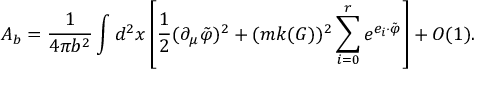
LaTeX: { \cal A } _ { b } = \frac { 1 } { 4 \pi b ^ { 2 } } \int d ^ { 2 } x \left[ \frac 1 { 2 } ( \partial _ { \mu } \tilde { \varphi } ) ^ { 2 } + ( m k ( G ) ) ^ { 2 } \sum _ { i = 0 } ^ { r } e ^ { e _ { i } \cdot \tilde { \varphi } } \right] + O ( 1 ) .